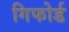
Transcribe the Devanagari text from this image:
गिफोर्ड